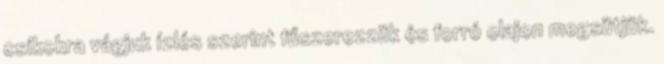
csíkokra vágjuk ízlés szerint fűszerezzük és forró olajon megsütjük.